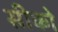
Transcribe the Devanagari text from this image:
सीको